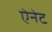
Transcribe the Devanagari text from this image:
ऐनेट